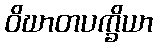
ဝိဃာတပက္ခိယာ